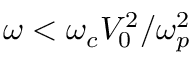
\omega < \omega _ { c } V _ { 0 } ^ { 2 } / \omega _ { p } ^ { 2 }